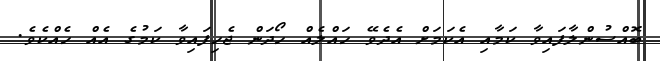
ބޮއްސުންލާފައިވާ ކަމާއި އެކަމަށް އެދެވޭ ހައްލެއް ހޯދަން ޖެހިފައިވާ ކަމުގެ އެއް ހެއްކެވެ.